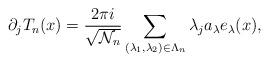
LaTeX: \begin{align*}\partial_j T_n(x) = \frac{2\pi i}{\sqrt{\mathcal{N}_n} }\sum_{(\lambda_1,\lambda_2)\in \Lambda_n} \lambda_j a_\lambda e_\lambda(x),\end{align*}